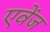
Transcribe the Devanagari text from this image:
एवेंज